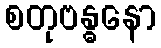
စတုဗန္ဓနော